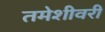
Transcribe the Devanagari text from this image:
तमेशीवरी